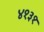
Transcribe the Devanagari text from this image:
४१३१